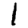
Digit: 1